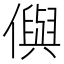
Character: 㒜